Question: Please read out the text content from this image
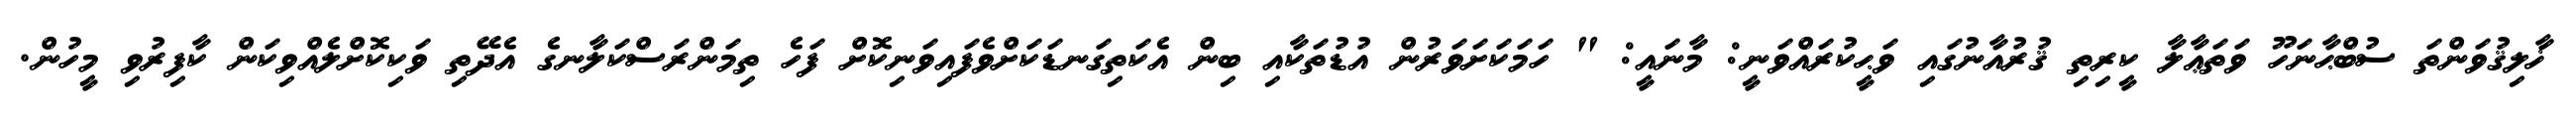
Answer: ޚާލިޤުވަންތަ ސުބްޙާނަހޫ ވަތަޢާލާ ކީރިތި ޤުރުއާނުގައި ވަޙީކުރައްވަނީ: މާނައީ: " ހަމަކަށަވަރުން އުޑުތަކާއި ބިން އެކަތިގަނޑަކަށްވެފައިވަނިކޮށް ފަހެ ތިމަންރަސްކަލާނގެ އެދޭތި ވަކިކޮށްލެއްވިކަން ކާފިރުވި މީހުން.